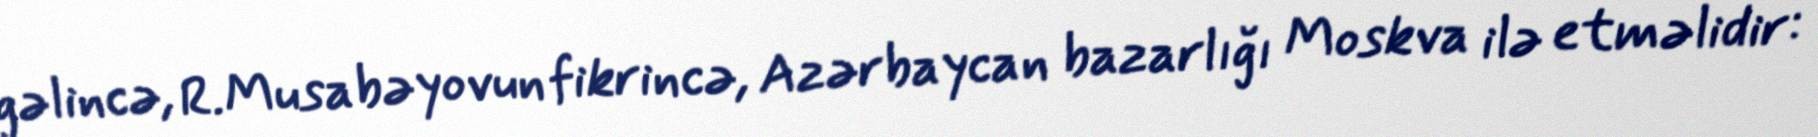
gəlincə, R.Musabəyovun fikrincə, Azərbaycan bazarlığı Moskva ilə etməlidir: